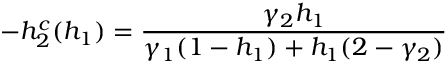
- h _ { 2 } ^ { c } ( h _ { 1 } ) = \frac { \gamma _ { 2 } h _ { 1 } } { \gamma _ { 1 } ( 1 - h _ { 1 } ) + h _ { 1 } ( 2 - \gamma _ { 2 } ) }